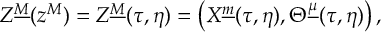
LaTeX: Z ^ { \underline { { M } } } ( z ^ { M } ) = Z ^ { \underline { { M } } } ( \tau , \eta ) = \left( X ^ { \underline { { m } } } ( \tau , \eta ) , \Theta ^ { \underline { { \mu } } } ( \tau , \eta ) \right) ,